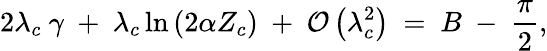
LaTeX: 2{\lambda}_{c}\ \gamma\ +\ {\lambda}_{c}\ln\left({2\alpha{Z}_{c}}\right)\ +\ {\cal O}\left({{\lambda}_{c}^{2}}\right)\ =\ B\ -\ {\frac{\pi}{2}},